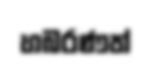
හබරණත්